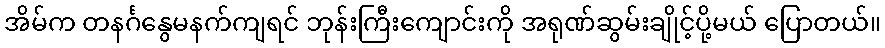
အိမ်က တနင်္ဂနွေမနက်ကျရင် ဘုန်းကြီးကျောင်းကို အရုဏ်ဆွမ်းချိုင့်ပို့မယ် ပြောတယ်။